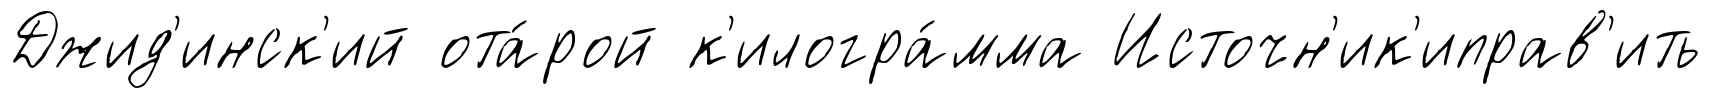
Джид'инск'ий ота́рой к'илогра́мма Источн'ик'иправ'ить